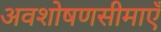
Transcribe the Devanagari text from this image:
अवशोषणसीमाएँ